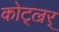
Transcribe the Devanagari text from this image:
कोट्ल्रर्